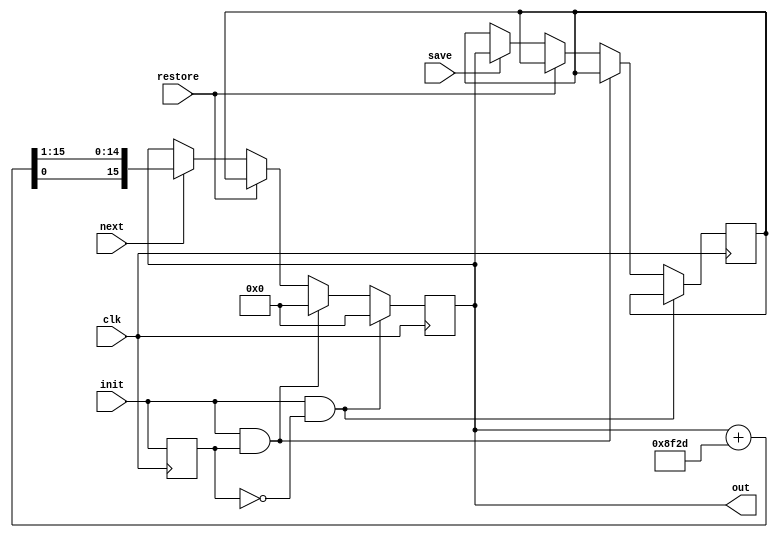
// simplified random number generator
// not very random, it just increments
// counter with constant prime number and shifts

module rnd_vec_gen(
	clk,

	init,

	save,
	restore,
	next,

	out
);

parameter OUT_SIZE = 16; // size of output port

	input clk;

	input init; // positive initialization strobe, synchronous to clock, its length will determine initial state

	input save,restore,next; // strobes for required events: positive, one clock cycle long

	reg init2;

	reg [OUT_SIZE-1:0] counter, storage;

	output [OUT_SIZE-1:0] out;
	assign out = counter;
	
	wire [OUT_SIZE-1:0] counter_add = counter + 36653; // add prime number
	wire [OUT_SIZE-1:0] counter_add_shift = { counter_add[0], counter_add[OUT_SIZE-1:1] };

	always @(posedge clk)
	begin

		init2 <= init;

		if( init && !init2 ) // begin of initialization
		begin
			counter <= 0;
		end
		else if( init && init2 ) // continue of initialization
		begin
			counter <= 0;
		end
		else // no init, normal work
		begin

			if( restore ) // restore event: higher priority
			begin
				counter <= storage;
			end
			else
			begin
				if( next ) // step to next value
				begin
					counter <= counter_add_shift;
				end

				if( save ) // save current state
				begin
					storage <= counter;
				end
			end
		end
	end


endmodule